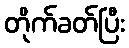
တိုက်ခတ်ပြီး